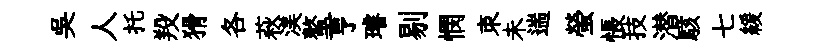
吳人托羖猾各萩渼螯亨璿剔憫朿未遄螢悵技潜駭七緩